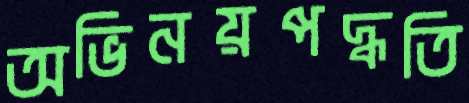
অভিনয়পদ্ধতি